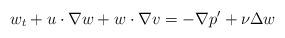
LaTeX: \begin{align*} w_t+u\cdot\nabla w+w\cdot\nabla v=-\nabla p'+\nu \Delta w\end{align*}